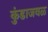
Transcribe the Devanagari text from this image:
कुंडाजवळ